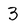
Character: 3